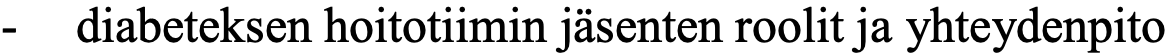
-  diabeteksen hoitotiimin jäsenten roolit ja yhteydenpito